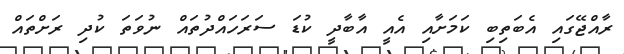
ރާއްޖޭގައި އެބަތިބި ކަމަށާއި އެއީ އާބާދީ ކުޑަ ސަރަހައްދުތައް ނުވަތަ ކުދި ރަށްތައް